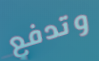
وتدفع